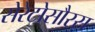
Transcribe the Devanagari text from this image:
सेरेटोसौरस